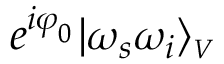
e ^ { i \varphi _ { _ 0 } } | \omega _ { s } \omega _ { i } \rangle _ { \scriptscriptstyle V }